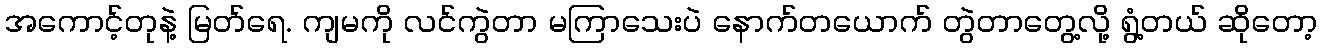
အကောင့်တုနဲ့ မြတ်ရေ. ကျမကို လင်ကွဲတာ မကြာသေးပဲ နောက်တယောက် တွဲတာတွေ့လို့ ရွံ့တယ် ဆိုတော့